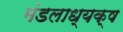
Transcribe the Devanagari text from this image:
मंडलाध्यक्ष